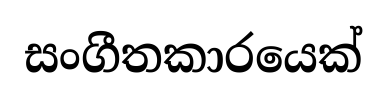
සංගීතකාරයෙක්